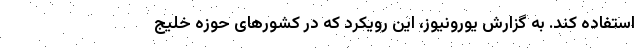
استفاده کند. به گزارش یورونیوز، این رویکرد که در کشورهای حوزه خلیج